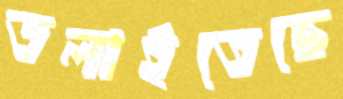
ডলাইতেছে